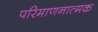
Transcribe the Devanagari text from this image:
परिमाणनात्मक